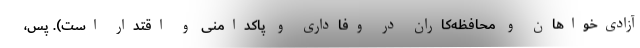
آزادی‌خواهان و محافظه‌کاران در وفاداری و پاکدامنی و اقتدار است). پس،